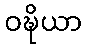
ဝဍ္ဎိယာ